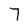
Character: 7